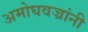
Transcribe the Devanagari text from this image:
अमोघवज्रांनी